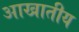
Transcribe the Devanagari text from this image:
आखातीय